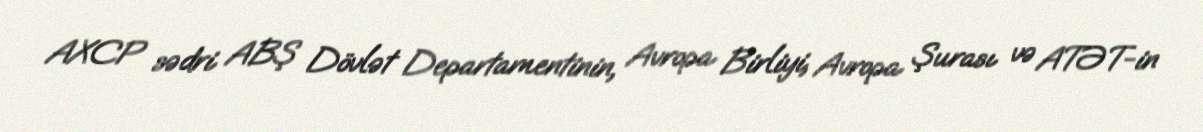
AXCP sədri ABŞ Dövlət Departamentinin, Avropa Birliyi, Avropa Şurası və ATƏT-in